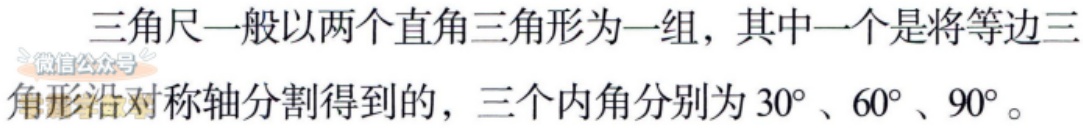
三角尺一般以两个直角三角形为一组，其中一个是将等边三角形沿对称轴分割得到的，三个内角分别为 \(30^{\circ}\)、\(60^{\circ}\)、\(90^{\circ}\)。